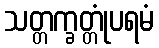
သတ္တက္ခတ္တုံပရမံ